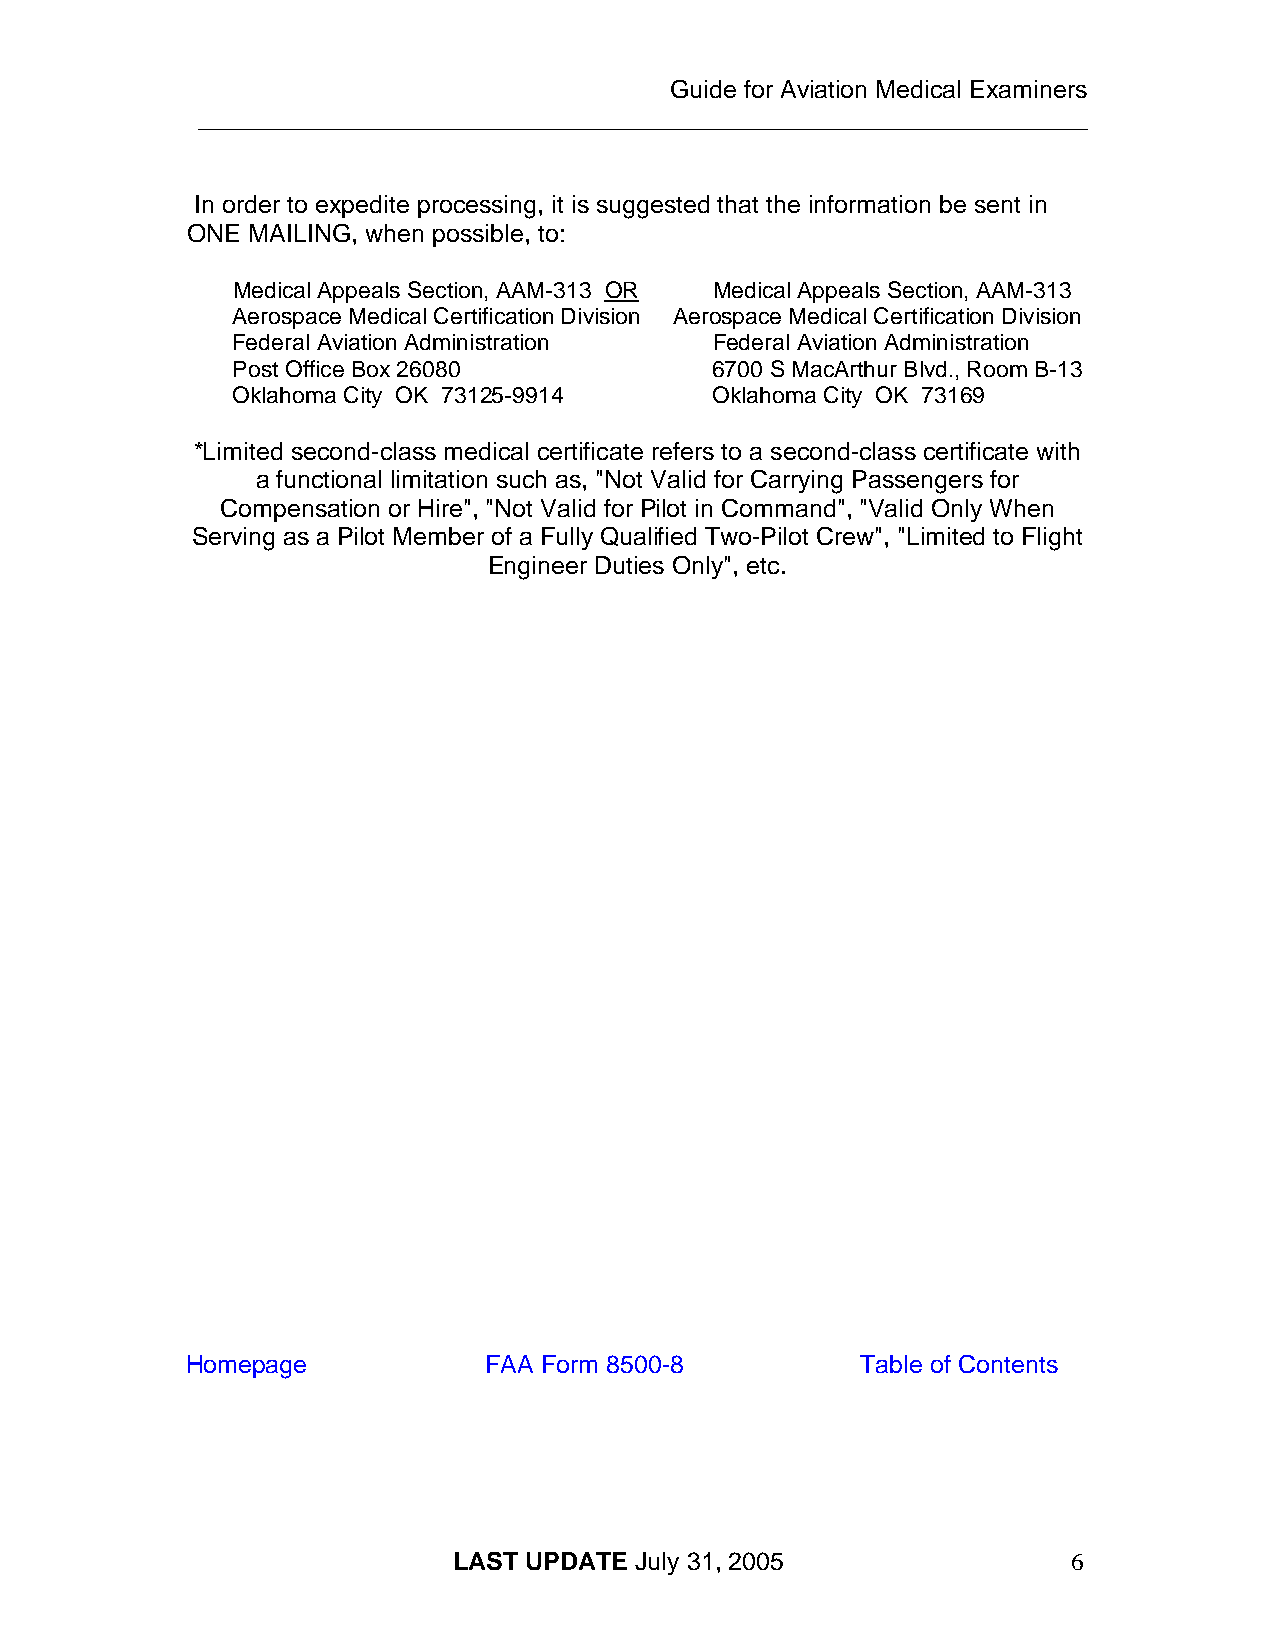
Guide for Aviation Medical Examiners
 ________________________________________________________________
 In order to expedite processing, it is suggested that the information be sent in
 ONE MAILING, when possible, to:
 Medical Appeals Section, AAM-313 OR Medical Appeals Section, AAM-313
 Aerospace Medical Certification Division Aerospace Medical Certification Division
 Federal Aviation Administration Federal Aviation Administration
 Post Office Box 26080           6700 S MacArthur Blvd., Room B-13
 Oklahoma City OK 73125-9914     Oklahoma City OK 73169
 *Limited second-class medical certificate refers to a second-class certificate with
 a functional limitation such as, "Not Valid for Carrying Passengers for
 Compensation or Hire", "Not Valid for Pilot in Command", "Valid Only When
 Serving as a Pilot Member of a Fully Qualified Two-Pilot Crew", "Limited to Flight
 Engineer Duties Only", etc.
 Homepage            FAA Form 8500-8          Table of Contents
 LAST UPDATE July 31, 2005                6